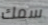
سمك